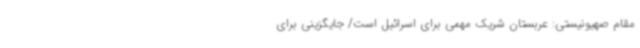
مقام صهیونیستی: عربستان شریک مهمی برای اسرائیل است/ جایگزینی برای